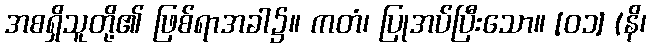
အစရှိသူတို့၏ ဖြစ်ရာအခါ၌။ ကတံ၊ ပြုအပ်ပြီးသော။ [၀၁] (နိ၊